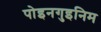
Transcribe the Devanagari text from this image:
पोइनगुइनिम